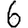
Digit: 6